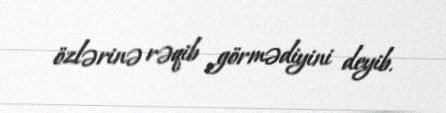
özlərinə rəqib görmədiyini deyib.